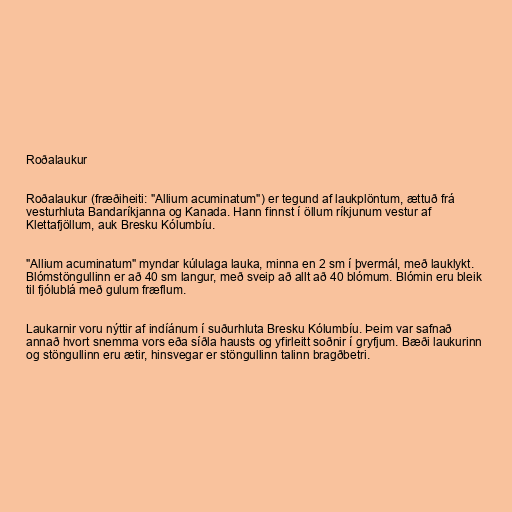
Roðalaukur

Roðalaukur (fræðiheiti: "Allium acuminatum") er tegund af laukplöntum, ættuð frá
vesturhluta Bandaríkjanna og Kanada. Hann finnst í öllum ríkjunum vestur af
Klettafjöllum, auk Bresku Kólumbíu.

"Allium acuminatum" myndar kúlulaga lauka, minna en 2 sm í þvermál, með lauklykt.
Blómstöngullinn er að 40 sm langur, með sveip að allt að 40 blómum. Blómin eru bleik
til fjólublá með gulum fræflum.

Laukarnir voru nýttir af indíánum í suðurhluta Bresku Kólumbíu. Þeim var safnað
annað hvort snemma vors eða síðla hausts og yfirleitt soðnir í gryfjum. Bæði laukurinn
og stöngullinn eru ætir, hinsvegar er stöngullinn talinn bragðbetri.